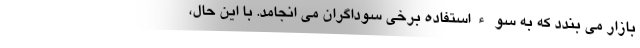
بازار می بندد که به سوءاستفاده برخی سوداگران می انجامد. با این حال،